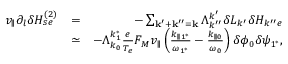
\begin{array} { r l r } { v _ { \parallel } \partial _ { l } \delta H _ { s e } ^ { ( 2 ) } } & { = } & { - \sum _ { \mathbf { k } ^ { \prime } + \mathbf { k } ^ { \prime \prime } = \mathbf { k } } \Lambda _ { k ^ { \prime \prime } } ^ { k ^ { \prime } } \delta L _ { k ^ { \prime } } \delta H _ { k ^ { \prime \prime } e } } \\ & { \simeq } & { - \Lambda _ { k _ { 0 } } ^ { k _ { 1 } ^ { * } } \frac { e } { T _ { e } } F _ { M } v _ { \parallel } \left( \frac { k _ { \parallel 1 ^ { * } } } { \omega _ { 1 ^ { * } } } - \frac { k _ { \parallel 0 } } { \omega _ { 0 } } \right) \delta \phi _ { 0 } \delta \psi _ { 1 ^ { * } } , } \end{array}